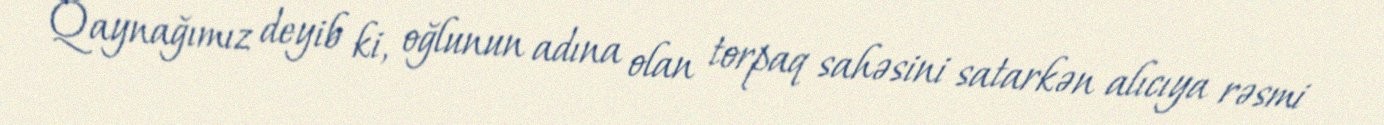
Qaynağımız deyib ki, oğlunun adına olan torpaq sahəsini satarkən alıcıya rəsmi